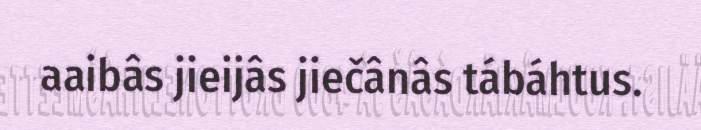
aaibâs jieijâs jiečânâs tábáhtus.